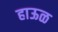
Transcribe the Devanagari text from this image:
हाऊळ